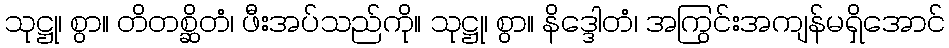
သုဋ္ဌု၊ စွာ။ တိတစ္ဆိတံ၊ ဖီးအပ်သည်ကို။ သုဋ္ဌု၊ စွာ။ နိဒ္ဒေါတံ၊ အကြွင်းအကျန်မရှိအောင်